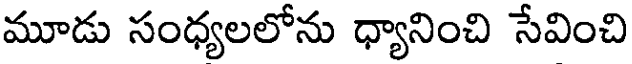
మూడు సంధ్యలలోను ధ్యానించి సేవించి